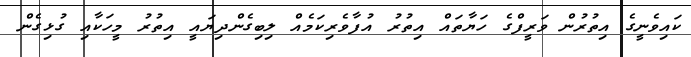
ކައިވެނީގެ އިތުރުން ވަރީފްގެ ހަޔާތައް އިތުރު އުފާވެރިކަމެއް ލިބިގެންދިޔައީ އިތުރު މީހަކާއި ގުޅިގެން